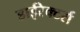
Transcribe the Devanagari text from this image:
डाईरेक्टर्स